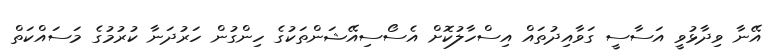
އޭނާ ވިދާޅުވީ އަސާސީ ގަވާއިދުތައް އިސްހާލުކޮށް އެސޯސިއޭޝަންތަކުގެ ހިންގުން ހަރުދަނާ ކުރުމުގެ މަސައްކަތް